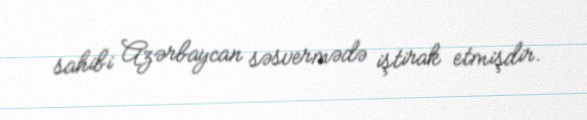
sahibi Azərbaycan səsvermədə iştirak etmişdir.